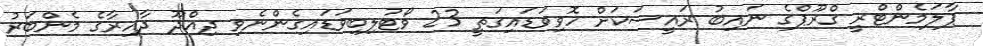
ޕާލަމެންޓްރީ ގްރޫޕްގެ ނައިބު ރައީސަކަށް ހޮވިވަޑައިގަތީ 23 ވޯޓުލިބިވަޑައިގެންނެވި ދިއްދޫ ދާއިރާގެ މެންބަރު